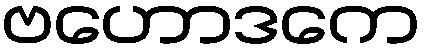
ဗဟောဒကေ